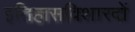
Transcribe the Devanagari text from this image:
इतिहासविशारदों